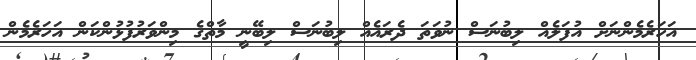
އަހަރެމެންނަށް އުފަލެއް ލިބުނަސް ނުވަތަ ދެރައެއް ލިބުނަސް ލިބޭނީ މާތްގެ މިންވަރުފުޅުންކަން އަހަރެމެން